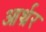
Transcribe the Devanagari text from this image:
आर्थ्रर